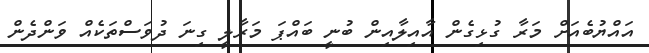
އައްޔުބެއަށް މަރާ ގުޅިގެން އާއިލާއިން ބުނީ ބައްޕަ މަރާލީ ގިނަ ދުވަސްތަކެއް ވަންދެން